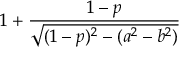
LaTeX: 1 + { \frac { 1 - p } { \sqrt { ( 1 - p ) ^ { 2 } - ( a ^ { 2 } - b ^ { 2 } ) } } }